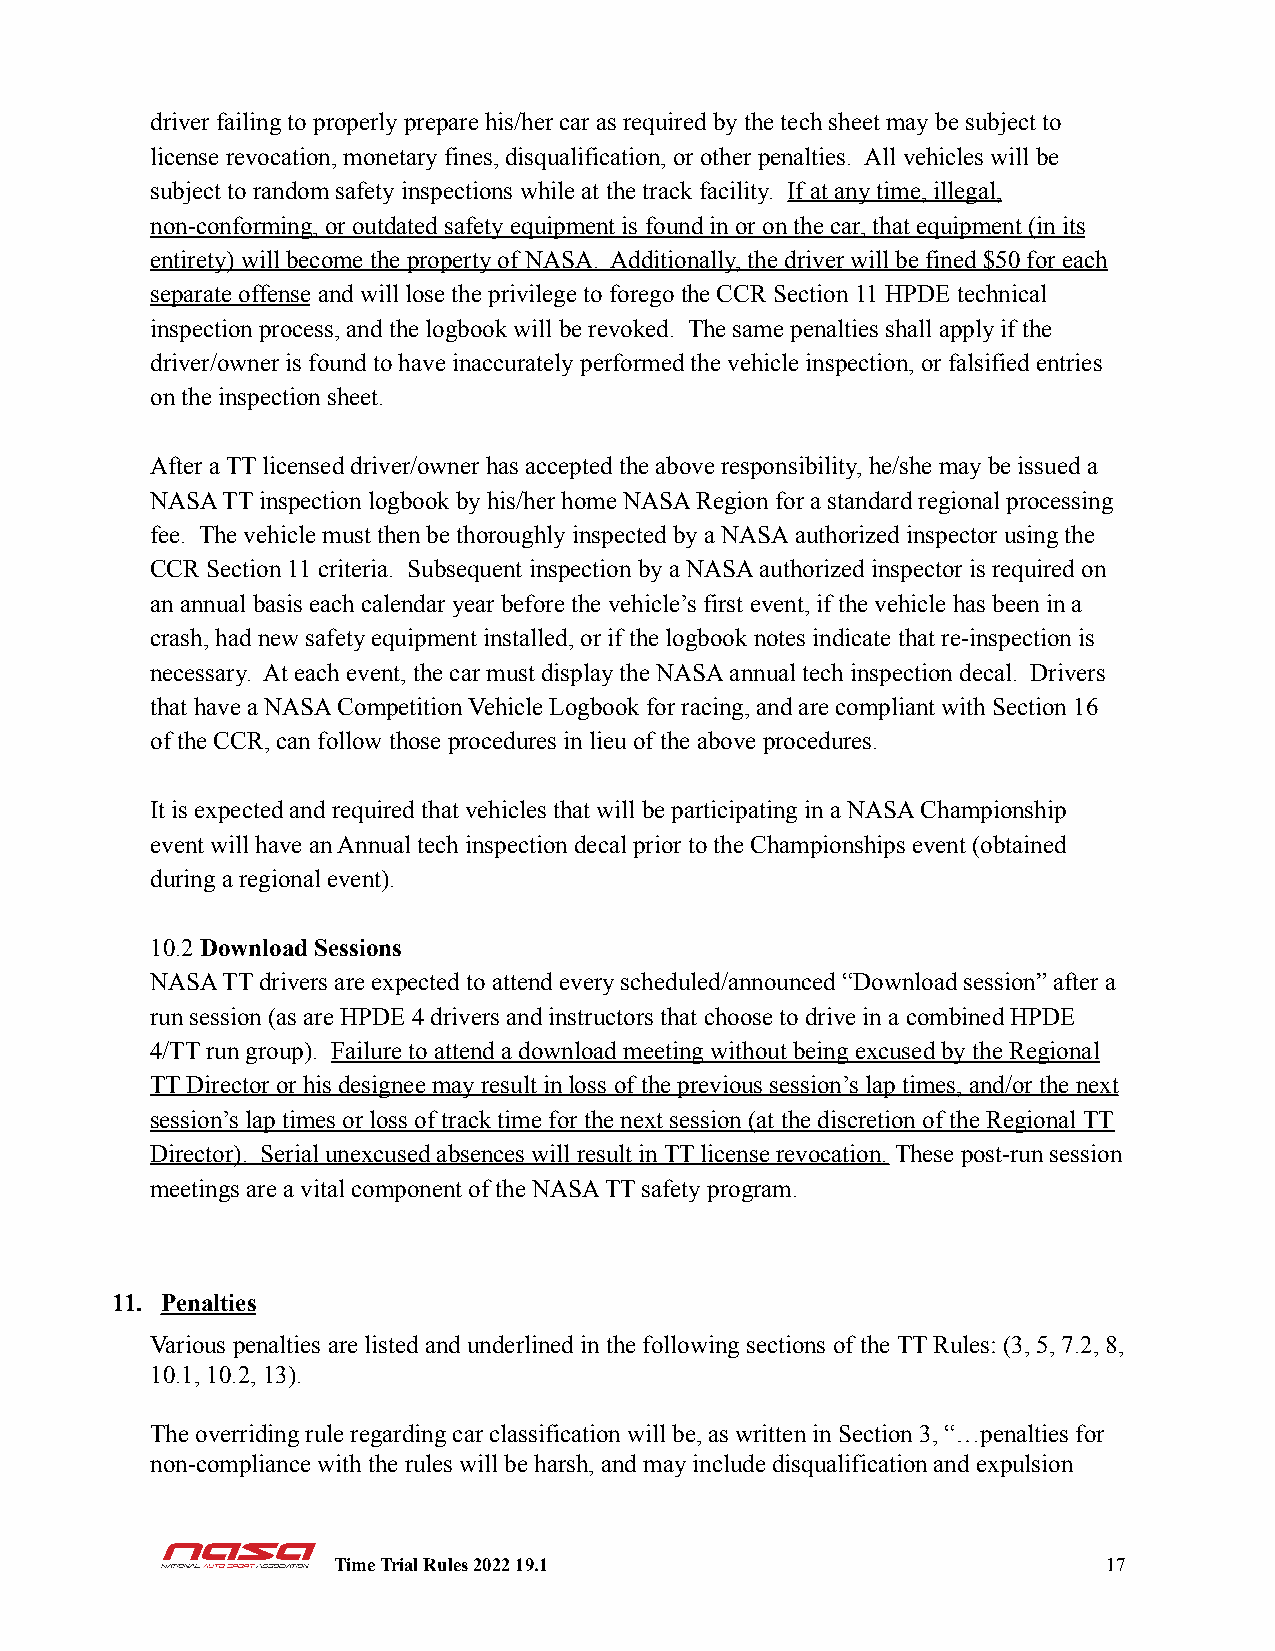
driver failing to properly prepare his/her car as required by the tech sheet may be subject to
 license revocation, monetary fines, disqualification, or other penalties. All vehicles will be
 subject to random safety inspections while at the track facility. If at any time, illegal,
 non-conforming, or outdated safety equipment is found in or on the car, that equipment (in its
 entirety) will become the property of NASA. Additionally, the driver will be fined $50 for each
 separate offenseand will lose the privilege to forego the CCR Section 11 HPDE technical
 inspection process, and the logbook will be revoked. The same penalties shall apply if the
 driver/owner is found to have inaccurately performed the vehicle inspection, or falsified entries
 on the inspection sheet.
 After a TT licensed driver/owner has accepted the above responsibility, he/she may be issued a
 NASA TT inspection logbook by his/her home NASA Region for a standard regional processing
 fee. The vehicle must then be thoroughly inspected by a NASA authorized inspector using the
 CCR Section 11 criteria. Subsequent inspection by a NASA authorized inspector is required on
 an annual basis each calendar year before the vehicle’s first event, if the vehicle has been in a
 crash, had new safety equipment installed, or if the logbook notes indicate that re-inspection is
 necessary. At each event, the car must display the NASA annual tech inspection decal. Drivers
 that have a NASA Competition Vehicle Logbook for racing, and are compliant with Section 16
 of the CCR, can follow those procedures in lieu of the above procedures.
 It is expected and required that vehicles that will be participating in a NASA Championship
 event will have an Annual tech inspection decal prior to the Championships event (obtained
 during a regional event).
 10.2Download Sessions
 NASA TT drivers are expected to attend every scheduled/announced “Download session” after a
 run session (as are HPDE 4 drivers and instructors that choose to drive in a combined HPDE
 4/TT run group). Failure to attend a download meeting without being excused by the Regional
 TT Director or his designee may result in loss of the previous session’s lap times, and/or the next
 session’s lap times or loss of track time for the next session (at the discretion of the Regional TT
 Director). Serial unexcused absences will result in TT license revocation. These post-run session
 meetings are a vital component of the NASA TT safety program.
 11. Penalties
 Various penalties are listed and underlined in the following sections of the TT Rules: (3, 5, 7.2, 8,
 10.1, 10.2, 13).
 The overriding rule regarding car classification will be, as written in Section 3, “…penalties for
 non-compliance with the rules will be harsh, and may include disqualification and expulsion
 Time Trial Rules 2022 19.1                         17